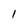
Character: 1